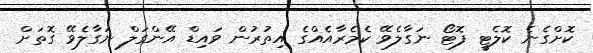
ކޮށްގެނެ ކޮލެޓީ ފޮޓޯ ނަގާލެވޭ ކެމެރާއެއްގެ އިތުރުން ވައިޑް އޭންގަލް ނަގާލެވޭ ގޮތަށް